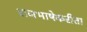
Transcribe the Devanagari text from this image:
राजभाषेकरीता